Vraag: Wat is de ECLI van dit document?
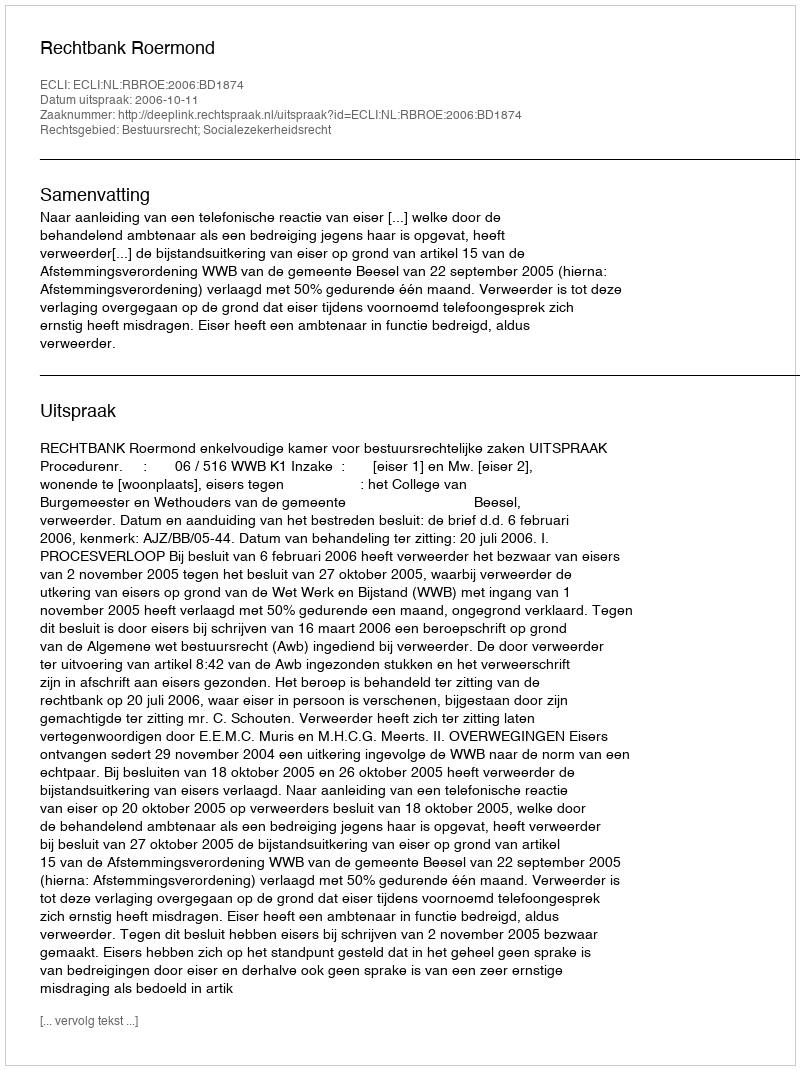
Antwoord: ECLI:NL:RBROE:2006:BD1874